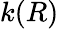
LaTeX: k(R)